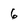
Character: 6